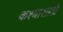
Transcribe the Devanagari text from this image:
कश्यासाठी